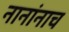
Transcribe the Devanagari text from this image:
नानांनाच